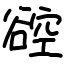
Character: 谾